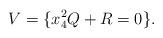
LaTeX: \begin{align*} V = \{ x_4^2 Q + R = 0 \}.\end{align*}